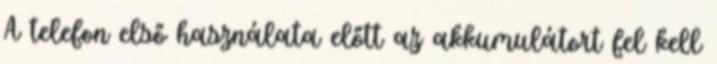
A telefon első használata előtt az akkumulátort fel kell